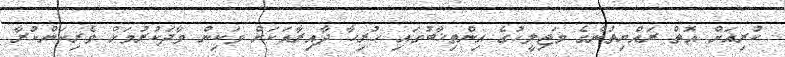
ކުރިއަށް އޮތް ރައްޔިތުންގެ މަޖިލީހުގެ އިންތިޚާބުގައި ހުރިހާ ދާއިރާއަކަށް ވަކިން ވާދަކުރުމަށް ވެރިކަންކުރާ